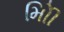
મોિી